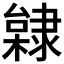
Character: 𨽿